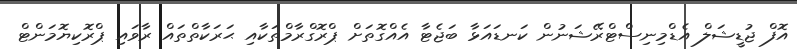
އޮފް ޖުޑީޝަލް އެޑްމިނިސްޓްރޭޝަނުން ކަނޑައަޅާ ބަޖެޓާ އެއްގޮތަށް ޕްރޮގްރާމްތަކާއި ޙަރަކާތްތައް ރާވައި ޕްރޮކިޔޮމަންޓް